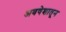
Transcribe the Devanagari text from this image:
अवषेशातून